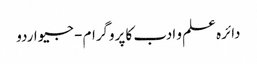
دائرہ علم و ادب کا پروگرام - جیو اردو